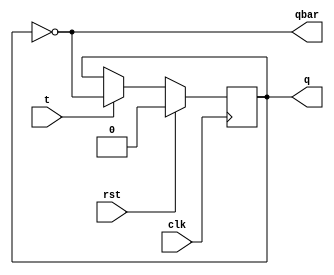
module tff (input clk,rst,input t,output reg q,output qbar);
 always @(posedge clk)begin
 if(rst)
 q<=0;
 else
 q<=t?~q:q;
 end
 assign qbar = ~q;
endmodule
module asycnt(input ck,rst,input [1:0]t,output q,qbar,output [1:0]cnt);
 wire q0,q0bar;
 tff f1(clk,rst,t[0],q0,q0bar);
 tff f2(q0bar,rst,t[1],q,qbar);
 assign cnt={q,q0};
endmodule



module tb;
 reg clk,rst;
 wire q,qbar;
 wire [1:0] cnt;
 reg [1:0] t;
 asycnt as(clk,rst,t,q,qbar,cnt);
 always #5 clk = ~clk;
 initial begin
 clk=0;rst=1;
 #20 rst=0;
 t=2'b00;
 #20 t=2'b11;
 #100 $finish();
 end
 initial
 $monitor($time,"clk=%b,rst=%b,cnt=%b",clk,rst,cnt);
endmodule